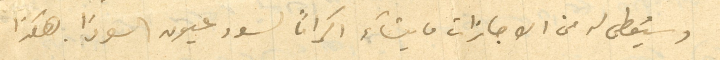
وسيُعطى من الاجازات ما يشاءَ اكراماً لسود عيون السودَا. هكذا